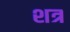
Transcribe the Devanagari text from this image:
शत्र